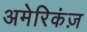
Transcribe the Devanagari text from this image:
अमेरिकंज़